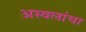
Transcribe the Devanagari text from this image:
अस्वलांचा